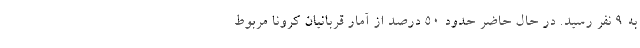
به 9 نفر رسید. در حال حاضر حدود 50 درصد از آمار قربانیان کرونا مربوط